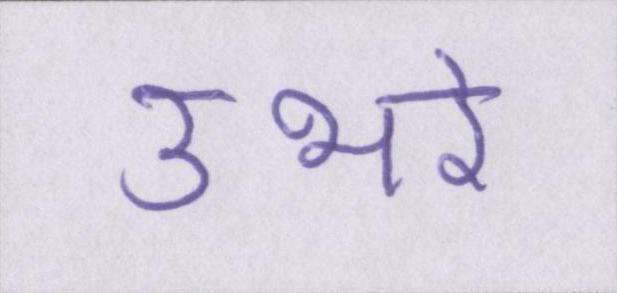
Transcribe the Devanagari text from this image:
उभरे